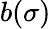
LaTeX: b(\sigma)